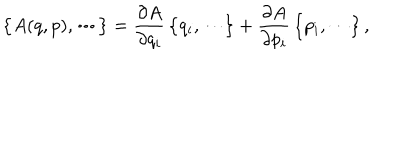
\bigl \{ A ( q , p ) , \cdots \bigr \} = \frac { \partial A } { \partial q _ { i } } \, \bigl \{ q _ { i } , \cdots \bigr \} + \frac { \partial A } { \partial p _ { i } } \, \bigl \{ p _ { i } , \cdots \bigr \} \, ,